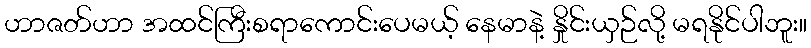
ဟာဇတ်ဟာ အထင်ကြီးစရာကောင်းပေမယ့် နေမာနဲ့ နှိုင်းယှဉ်လို့ မရနိုင်ပါဘူး။